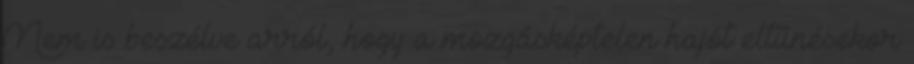
Nem is beszélve arról, hogy a mozgásképtelen hajót eltűnésekor